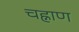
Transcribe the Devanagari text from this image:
चह्नाण